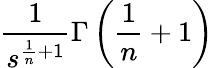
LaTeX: {\frac{1}{s^{{\frac{1}{n}}+1}}}\Gamma\left({\frac{1}{n}}+1\right)